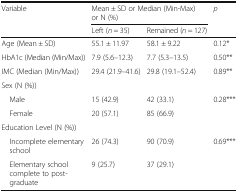
| Variable | <COLSPAN=2> Mean ± SD or Median (Min-Max) or N (%) | p |
 |  | Left (n = 35) | Remained (n = 127) |  |
 | --- | --- | --- | --- |
 | Age (Mean ± SD) | 55.1 ± 11.97 | 58.1 ± 9.22 | 0.12* |
 | HbA1c (Median (Min/Max)) | 7.9 (5.6–12.3) | 7.7 (5.3–13.5) | 0.50** |
 | IMC (Median (Min/Max)) | 29.4 (21.9–41.6) | 29.8 (19.1–52.4) | 0.89** |
 | Sex (N (%)) |  |  |  |
 | Male | 15 (42.9) | 42 (33.1) | 0.28*** |
 | Female | 20 (57.1) | 85 (66.9) |  |
 | Education Level (N (%)) |  |  |  |
 | Incomplete elementary school | 26 (74.3) | 90 (70.9) | 0.69*** |
 | Elementary school complete to post-graduate | 9 (25.7) | 37 (29.1) |  |